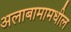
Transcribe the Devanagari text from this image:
अलाबामामधील